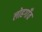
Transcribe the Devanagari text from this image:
लोहगाँव